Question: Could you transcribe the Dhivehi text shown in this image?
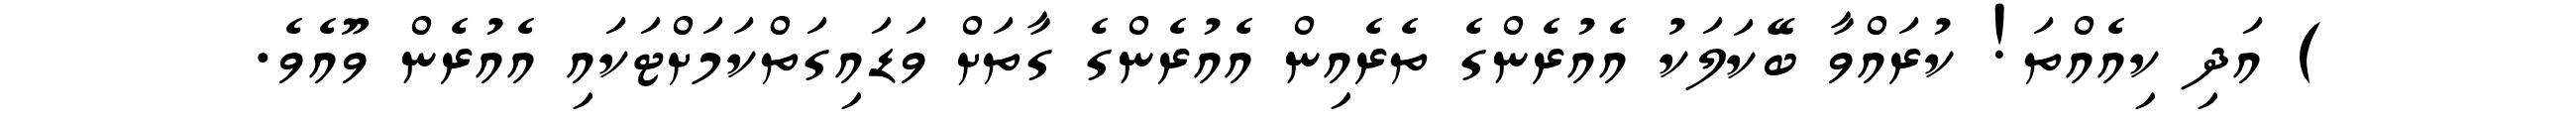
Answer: ) އަދި ކިއެއްތަ! ކުރައްވާ ބޭކަލަކު އެއުރެންގެ ތެރެއިން އެއުރެންގެ ގާތަށް ވަޑައިގަތްކަމަށްޓަކައި އެއުރެން ވޫއެވެ.